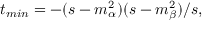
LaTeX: t _ { m i n } = - ( s - m _ { \alpha } ^ { 2 } ) ( s - m _ { \beta } ^ { 2 } ) / s ,